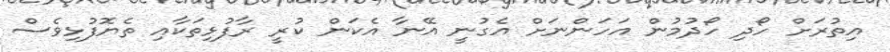
އިތުރަށް ހޯދި ހޯދުމުން އަހަންނަށް އެގުނީ އޭނާ އެކަން ކުރީ ރާފުޅިތަކާއި ތެޔޮފުޅިވެސް